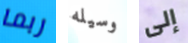
ربما وسيله إلى